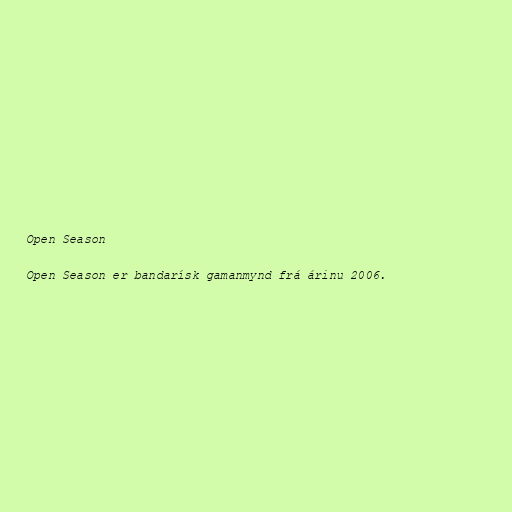
Open Season

Open Season er bandarísk gamanmynd frá árinu 2006.